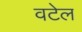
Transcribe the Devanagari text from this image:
वटेल